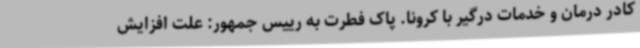
کادر درمان و خدمات درگیر با کرونا. پاک فطرت به رییس جمهور: علت افزایش